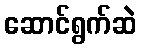
ဆောင်ရွက်ဆဲ